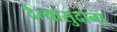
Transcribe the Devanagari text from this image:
दैत्‍यासुदाना